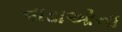
વાડાઓના